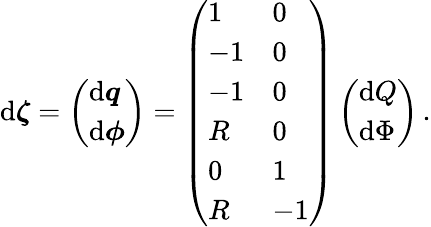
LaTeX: \begin{array}{r}{\mathrm{d}\boldsymbol{\zeta}=\left(\begin{array}{l}{\mathrm{d}\boldsymbol{q}}\\ {\mathrm{d}\boldsymbol{\phi}}\end{array}\right)=\left(\begin{array}{ll}{1}&{0}\\ {-1}&{0}\\ {-1}&{0}\\ {R}&{0}\\ {0}&{1}\\ {R}&{-1}\end{array}\right)\left(\begin{array}{l}{\mathrm{d}Q}\\ {\mathrm{d}\Phi}\end{array}\right)\, .}\end{array}